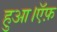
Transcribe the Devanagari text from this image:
हुआ।ऍफ़